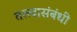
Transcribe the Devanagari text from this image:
तत्त्वासंबंधी